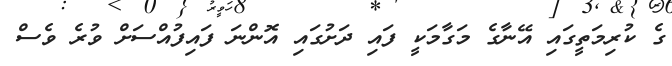
ގެ ކުރިމަތީގައި އޭނާގެ މަގާމަކީ ފައި ދަށުގައި އޮންނަ ފައިފުއްސަށް ވުރެ ވެސް